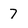
Character: 7